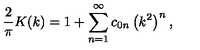
{ \frac { 2 } { \pi } } K ( k ) = 1 + \sum _ { n = 1 } ^ { \infty } c _ { 0 n } \left( k ^ { 2 } \right) ^ { n } ,